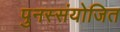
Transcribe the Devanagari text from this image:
पुनस्संयोजित